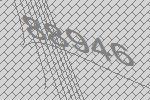
88946